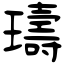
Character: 璹